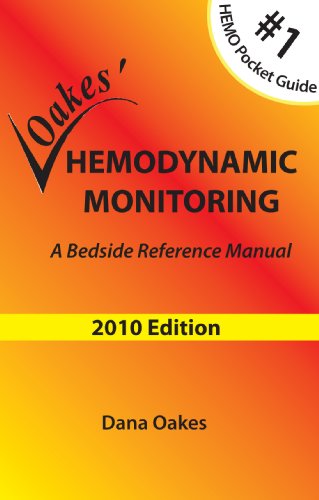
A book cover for Oakes' Hemodynamic Monitoring: A Bedside Reference Manual (2010 - 5th Ed); Dana F. Oakes; Medical Books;